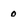
Character: 0